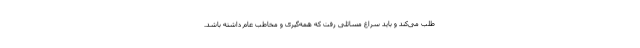
طلب می‌کند و باید سراغ مسائلی رفت که همه‌گیری و مخاطب عام داشته باشد.